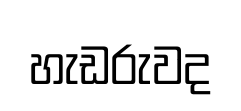
හැඩරුවද